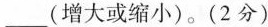
___(增大或缩小)。(2分)